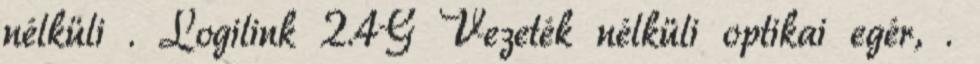
nélküli . Logilink 2.4G Vezeték nélküli optikai egér, .